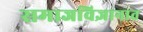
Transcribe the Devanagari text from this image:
समाजविज्ञानात